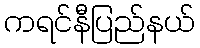
ကရင်နီပြည်နယ်